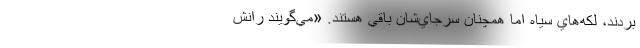
بردند، لكه‌هاي سياه اما همچنان سرجاي‌شان باقي هستند. «مي‌گويند رانش